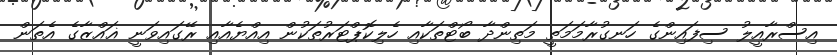
އިސްރާއީލު ސިފައިންގެ ހަނގުރާމަމަތީ މަތިންދާ ބޯޓްތަކާއި ހެލިކޮޕްޓަރުތަކުން އިއްޔެއާއި ރޭގައިވަނީ ޣައްޒާގެ އެތަން